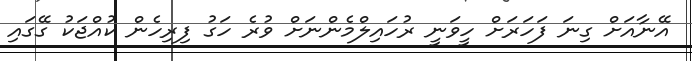
އޭނާއަށް ގިނަ ފަހަރަށް ހީވަނީ ރުހައިލްމެންނަށް ވުރެ ހަގު ފިރިހެން ކުއްޖަކު ގޭގައި